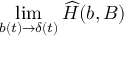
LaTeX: \operatorname * { l i m } _ { b ( t ) \to \delta ( t ) } { \widehat H } ( b , B )